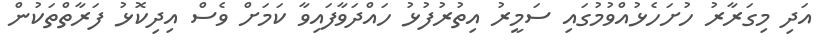
އަދި މިގަރާރު ހުށަހެޅުއްވުމުގައި ސަމީރު އިތުރުފުޅު ހައްދަވާފައިވާ ކަމަށް ވެސް އިދިކޮޅު ފަރާތްތަކުން